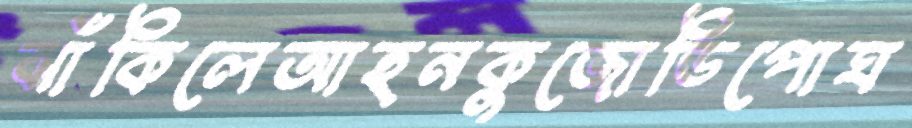
ঝাঁকিলেআহনকুজোডিপোঘ